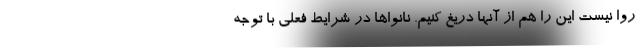
روا نیست این را هم از آنها دریغ کنیم. نانواها در شرایط فعلی با توجه